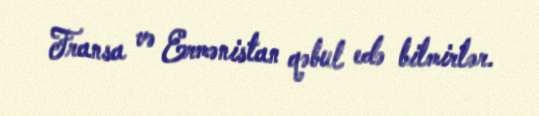
Fransa və Ermənistan qəbul edə bilmirlər.